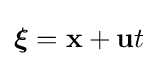
{\boldsymbol {\xi }}=\mathbf {x} +\mathbf {u} t